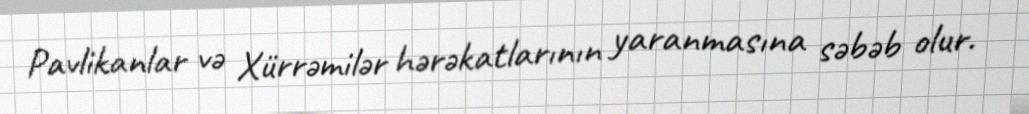
Pavlikanlar və Xürrəmilər hərəkatlarının yaranmasına səbəb olur.